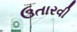
ઉતારવી